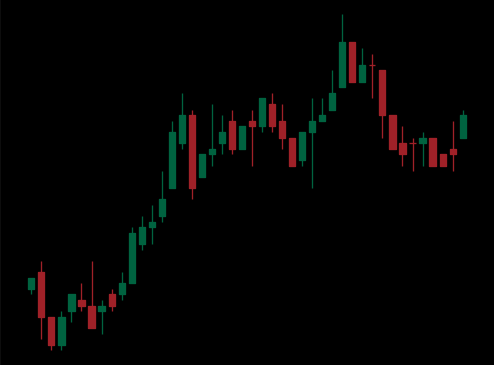
Pattern: bear_flag